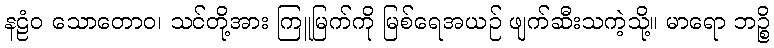
နဠံဝ သောတောဝ၊ သင်တို့အား ကြူမြက်ကို မြစ်ရေအယဉ် ဖျက်ဆီးသကဲ့သို့။ မာရော ဘဉ္စိ